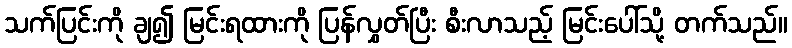
သက်ပြင်းကို ချ၍ မြင်းရထားကို ပြန်လွှတ်ပြီး စီးလာသည့် မြင်းပေါ်သို့ တက်သည်။